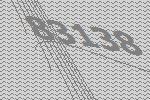
83138